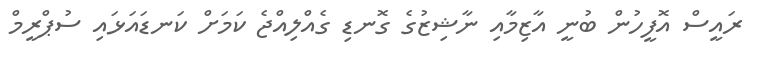
ރައީސް އޮފީހުން ބުނީ އާޒިމާއި ނާޝިޒުގެ ގޮނޑި ގެއްލިއްޖެ ކަމަށް ކަނޑައަޅައި ސުޕްރީމް